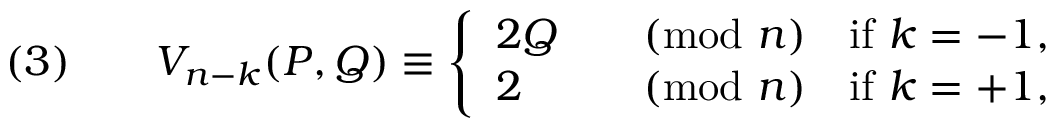
( 3 ) \qquad V _ { n - k } ( P , Q ) \equiv { \left\{ \begin{array} { l l } { 2 Q } & { { \pmod { n } } \quad { \mathrm { i f ~ } } k = - 1 , } \\ { 2 } & { { \pmod { n } } \quad { \mathrm { i f ~ } } k = + 1 { \mathrm { , } } } \end{array} \right. }